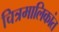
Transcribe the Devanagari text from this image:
चित्रमालिकांत